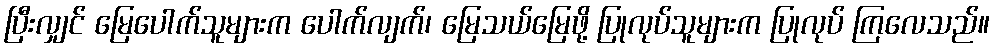
ပြီးလျှင် မြေပေါက်သူများက ပေါက်လျက်၊ မြေသယ်မြေဖို့ ပြုလုပ်သူများက ပြုလုပ် ကြလေသည်။